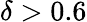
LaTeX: \delta>0.6